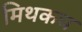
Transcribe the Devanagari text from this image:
मिथकच